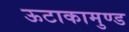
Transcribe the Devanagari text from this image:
ऊटाकामुण्ड